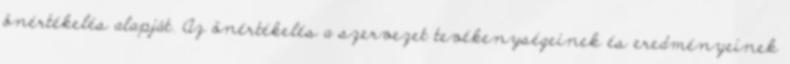
önértékelés alapját. Az önértékelés a szervezet tevékenységeinek és eredményeinek